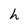
Character: h